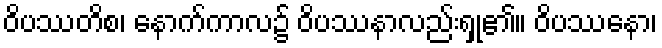
ဝိပဿတိစ၊ နောက်ကာလ၌ ဝိပဿနာလည်းရှု၏။ ဝိပဿနော၊